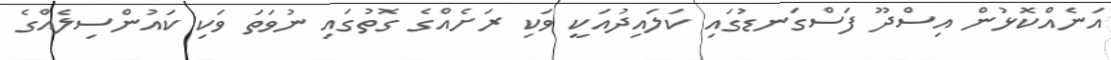
އަނެއްކޮޅުން އިސްދޫ ފަސްގަނޑުގައި ކަލައިދުއަކީ ވަކި ރަށެއްގެ ގޮތުގައި ނުވަތަ ވަކި ކައުންސިލެއްގެ